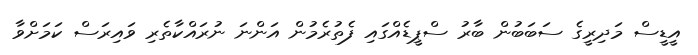
އީޑީސް މަދިރީގެ ސަބަބުން ބާރު ސްޕީޑެއްގައި ފެތުރެމުން އަންނަ ނުރައްކާތެރި ވައިރަސް ކަމަށްވާ